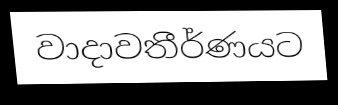
වාදාවතීර්ණයට